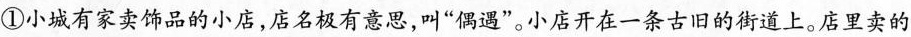
①小城有家卖饰品的小店,店名极有意思,叫“偶遇"。小店开在一条古旧的街道上。店里卖的